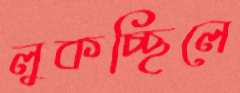
লুকচ্ছিলে